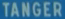
TANGER